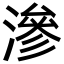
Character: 滲